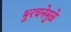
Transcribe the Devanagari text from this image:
भूरचनेमुळे